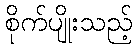
စိုက်ပျိုးသည့်